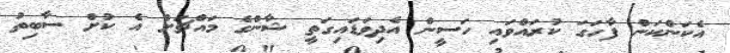
އެކަންކަން ފާހަގަ ކުރައްވައި ހަސީން އެދިވަޑައިގަތީ ޝާންގެ މައްޗަށް އެ ކުށް ސާބިތު